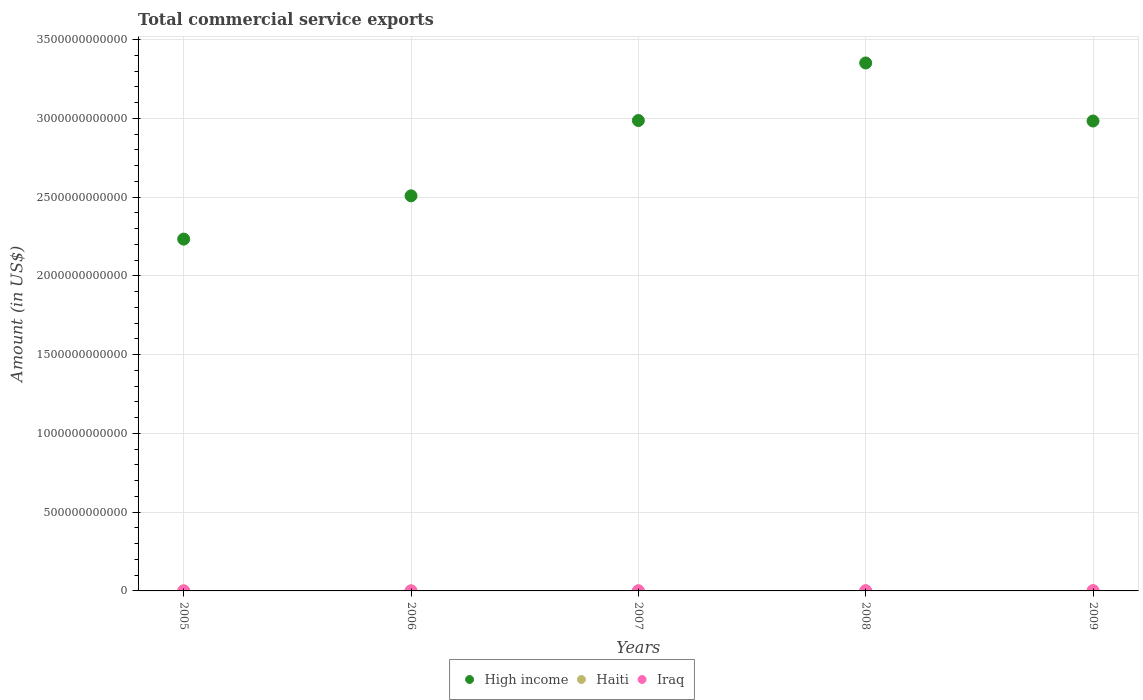
| Years | High income | Haiti | Iraq |
 | --- | --- | --- | --- |
 | 2005 | 2.23e+12 | 9.33e+07 | 3.48e+08 |
 | 2006 | 2.51e+12 | 1.4e+08 | 3.53e+08 |
 | 2007 | 2.99e+12 | 2.03e+08 | 8.39e+08 |
 | 2008 | 3.35e+12 | 3.73e+08 | 1.25e+09 |
 | 2009 | 2.98e+12 | 4.29e+08 | 1.73e+09 |